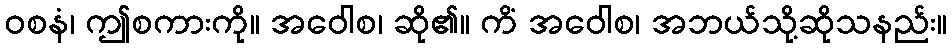
ဝစနံ၊ ဤစကားကို။ အဝေါစ၊ ဆို၏။ ကိံ အဝေါစ၊ အဘယ်သို့ဆိုသနည်း။